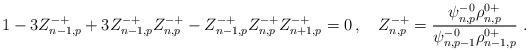
LaTeX: \begin{align*} 1-3Z^{-+}_{n-1,p}+3Z^{-+}_{n-1,p}Z^{-+}_{n,p}-Z^{-+}_{n-1,p}Z^{-+}_{n,p}Z^{-+}_{n+1,p}=0\,, \quad Z^{-+}_{n,p}=\frac{\psi^{-0}_{n,p} \rho^{0+}_{n,p}}{\psi^{-0}_{n,p-1} \rho^{0+}_{n-1,p}} \ .\end{align*}